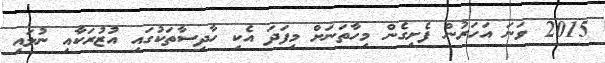
2015 ވަނަ އަހަރުން ފެށިގެން މިހާތަނަށް މިފަދަ އެކި ހާދިސާތަކުގައި އުޒުރަކާއި ނުލައި